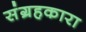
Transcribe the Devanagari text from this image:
संग्रहकारा